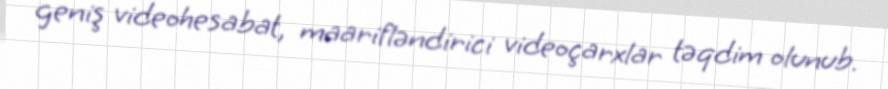
geniş videohesabat, maarifləndirici videoçarxlar təqdim olunub.